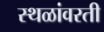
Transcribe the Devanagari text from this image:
स्थळांवरती